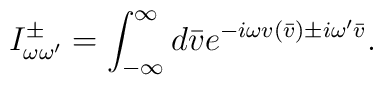
I^{\pm}_{\omega \omega'}=\int_{-\infty}^{\infty}d\bar{v} e^{-i\omega v(\bar{v}) \pm i\omega' \bar{v}} .